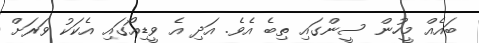
ބައެއް މީހުން ސީންގައި ތިބެ އެވެ. އަދި އެ ވީޑިއޯގައި އެކަކު ވަރަށް